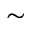
\sim